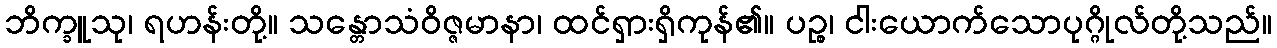
ဘိက္ခူသု၊ ရဟန်းတို့။ သန္တောသံဝိဇ္ဇမာနာ၊ ထင်ရှားရှိကုန်၏။ ပဉ္စ၊ ငါးယောက်သောပုဂ္ဂိုလ်တို့သည်။